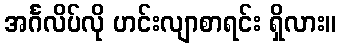
အင်္ဂလိပ်လို ဟင်းလျာစာရင်း ရှိလား။